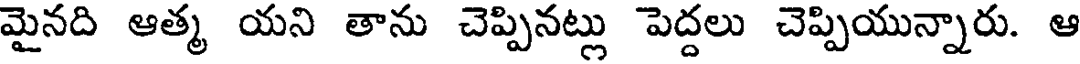
మైనది ఆత్మ యని తాను చెప్పినట్లు పెద్దలు చెప్పియున్నారు. ఆ